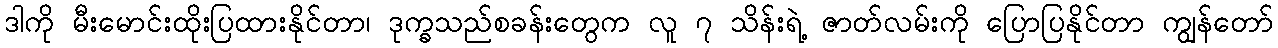
ဒါကို မီးမောင်းထိုးပြထားနိုင်တာ၊ ဒုက္ခသည်စခန်းတွေက လူ ၇ သိန်းရဲ့ ဇာတ်လမ်းကို ပြောပြနိုင်တာ ကျွန်တော်